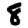
Digit: 8